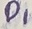
Text: D1